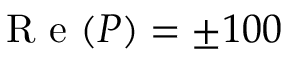
\mathrm { ~ R ~ e ~ } ( P ) = \pm 1 0 0